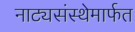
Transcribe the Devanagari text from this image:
नाट्यसंस्थेमार्फत